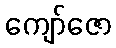
ကျော်ဇော